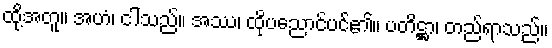
ထို့အတူ။ အဟံ၊ ငါသည်။ အဿ၊ ထိုပညောင်ပင်၏။ ပတိဋ္ဌာ၊ တည်ရာသည်။